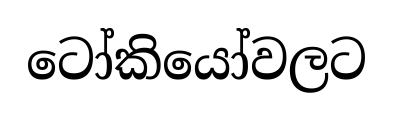
ටෝකියෝවලට